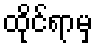
ထိုင်ရာမှ